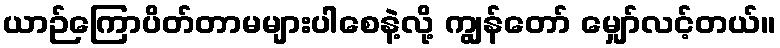
ယာဉ်ကြောပိတ်တာမများပါစေနဲ့လို့ ကျွန်တော် မျှော်လင့်တယ်။